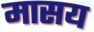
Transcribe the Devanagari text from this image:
मासय